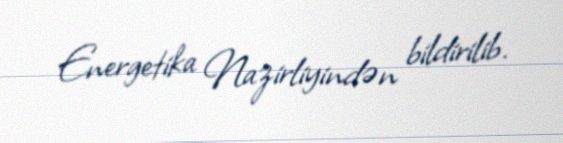
Energetika Nazirliyindən bildirilib.